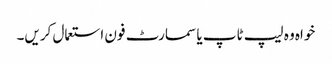
خواہ وہ لیپ ٹاپ یا سمارٹ فون استعمال کریں۔